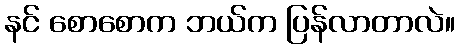
နင် စောစောက ဘယ်က ပြန်လာတာလဲ။